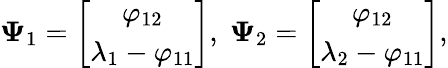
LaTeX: \boldsymbol{\Psi}_{1}=\left[\begin{array}{c}{\varphi_{12}}\\ {\lambda_{1}-\varphi_{11}}\end{array}\right],\; \boldsymbol{\Psi}_{2}=\left[\begin{array}{c}{\varphi_{12}}\\ {\lambda_{2}-\varphi_{11}}\end{array}\right],